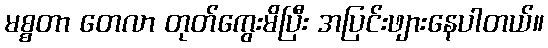
မစ္စတာ တေလာ တုတ်ကွေးမိပြီး အပြင်းဖျားနေပါတယ်။